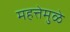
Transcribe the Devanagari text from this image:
महत्तेमुळे